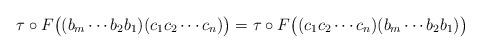
LaTeX: \begin{align*}\tau\circ F\big((b_m\cdots b_2b_1)(c_1c_2\cdots c_n)\big)=\tau\circ F\big((c_1c_2\cdots c_n)(b_m\cdots b_2b_1)\big)\end{align*}